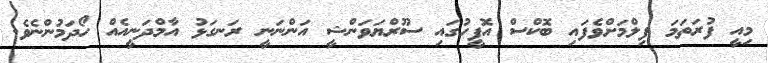
މިއީ ފުރަތަމަ ފިލްމަށްވެފައި ބޮކްސް އޮފީހުގައި ސޫރްޔަވަންޝީ އަންނަނީ ރަނގަޅު އާމްދަނީއެއް ހޯދަމުންނެވެ.